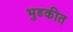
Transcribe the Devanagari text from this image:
भुडकीत